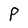
Character: P